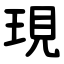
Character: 現